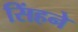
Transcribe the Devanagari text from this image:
सिंहने